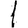
Digit: 1